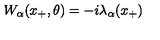
W _ { \alpha } ( x _ { + } , \theta ) = - i \lambda _ { \alpha } ( x _ { + } )